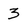
Character: 3